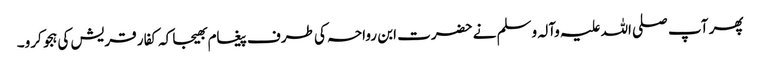
پھر آپ صلی اللہ علیہ وآلہ وسلم نے حضرت ابن رواحہ کی طرف پیغام بھیجا کہ کفار قریش کی ہجو کرو۔